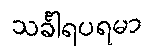
သင်္ခါရပရမာ